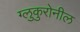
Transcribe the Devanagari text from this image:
ग्लुकुरोनील